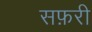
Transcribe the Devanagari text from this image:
सफ़री